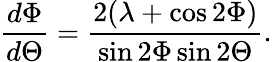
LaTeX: \frac{d\Phi}{d\Theta}=\frac{2(\lambda+\cos 2\Phi)}{\sin 2\Phi\sin 2\Theta}.